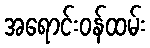
အရောင်းဝန်ထမ်း